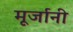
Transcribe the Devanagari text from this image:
मूर्जानी